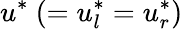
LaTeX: u^{*}~(=u_{l}^{*}=u_{r}^{*})